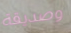
وصديقة